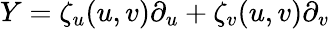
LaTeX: Y=\zeta_{u}(u,v)\partial_{u}+\zeta_{v}(u,v)\partial_{v}